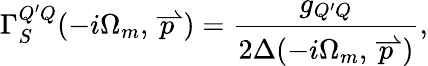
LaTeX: \Gamma_{S}^{Q^{\prime}Q}(-i\Omega_{m},\stackrel{\rightharpoonup}{p})=\frac{g_{Q^{\prime}Q}}{2\Delta(-i\Omega_{m},\stackrel{\rightharpoonup}{p})},